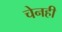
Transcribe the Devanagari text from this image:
चेनही